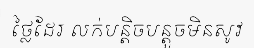
ថ្លៃដែរ លក់បន្តិចបន្តួចមិនសូវ